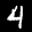
Label: 4